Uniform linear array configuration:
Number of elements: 16
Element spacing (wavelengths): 0.25
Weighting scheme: binomial
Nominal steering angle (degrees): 15
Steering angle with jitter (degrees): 15.273
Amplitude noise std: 0.05
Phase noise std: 0.05

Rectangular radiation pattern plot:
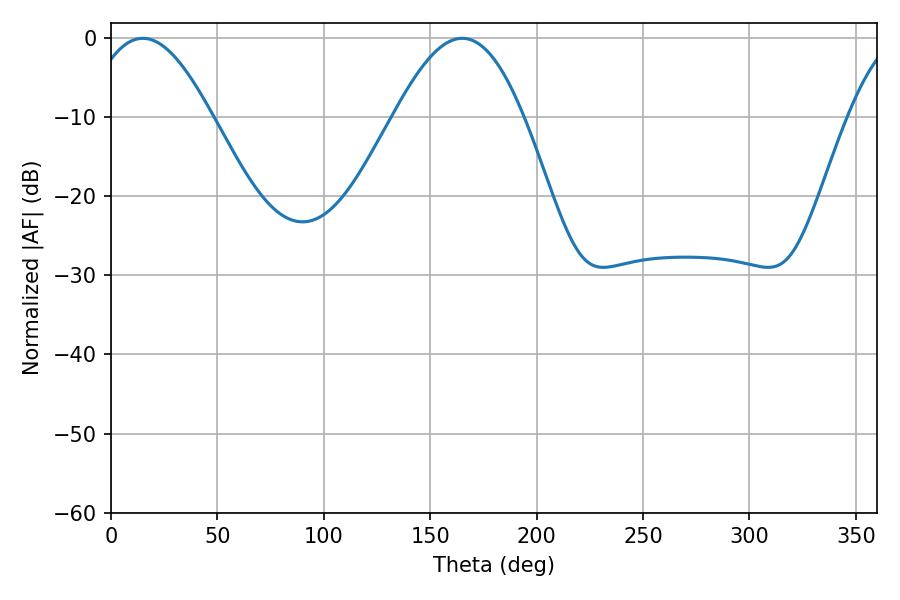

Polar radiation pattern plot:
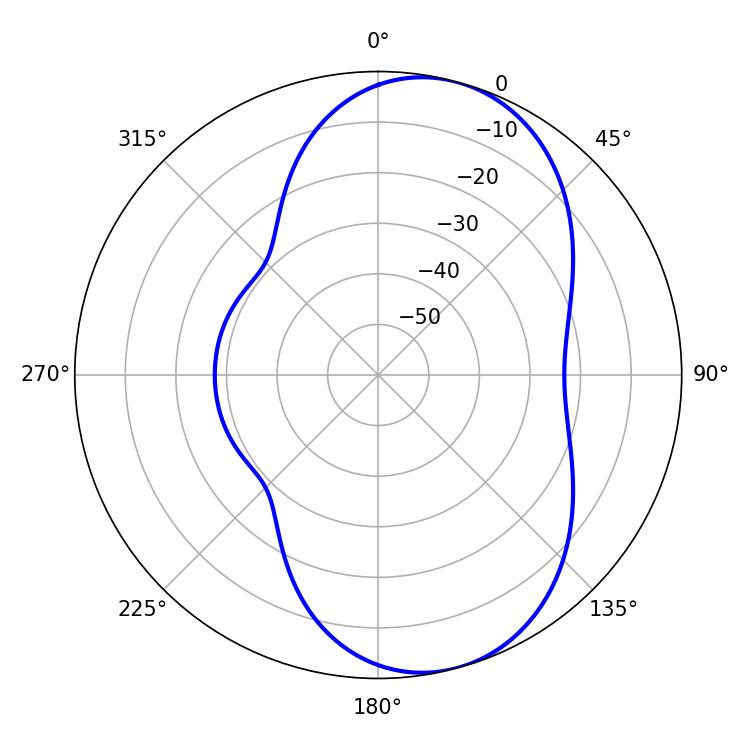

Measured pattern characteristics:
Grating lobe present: FALSE
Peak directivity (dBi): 7.65
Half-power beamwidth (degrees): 32.04
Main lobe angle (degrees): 14.94